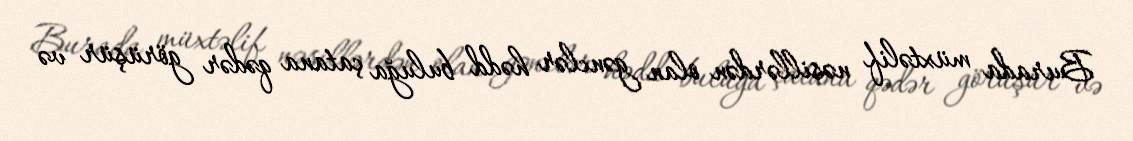
Burada müxtəlif nəsillərdən olan gənclər hədd buluğa çatana qədər görüşür və